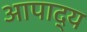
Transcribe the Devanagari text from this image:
आपाद्य